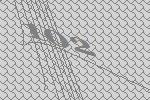
102